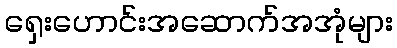
ရှေးဟောင်းအဆောက်အအုံများ